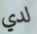
لدي